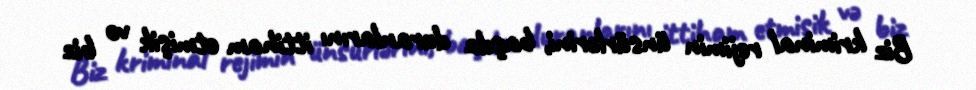
Biz kriminal rejimin ünsürlərini, başda duranlarını ittiham etmişik və biz